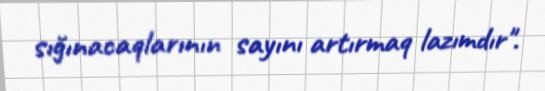
sığınacaqlarının sayını artırmaq lazımdır".